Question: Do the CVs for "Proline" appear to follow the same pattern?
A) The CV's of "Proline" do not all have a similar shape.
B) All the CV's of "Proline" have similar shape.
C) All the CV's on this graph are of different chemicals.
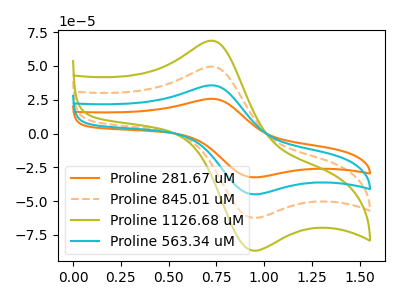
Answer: <think>The orange curve "Proline 281.67 uM" has an anodic peak at (0.70V, 25.70uA) and a cathodic peak at (0.95V, -32.20uA). The orange dashed curve "Proline 845.01 uM" has an anodic peak at (0.70V, 71.35uA) and a cathodic peak at (0.95V, -89.40uA). The olive curve "Proline 1126.68 uM" has an anodic peak at (0.70V, 107.00uA) and a cathodic peak at (0.95V, -134.15uA). The cyan curve "Proline 563.34 uM" has an anodic peak at (0.70V, 35.65uA) and a cathodic peak at (0.95V, -44.70uA).
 All the peaks in "Proline 281.67 uM" have a peak in "Proline 845.01 uM" at the same potential. Every peak in "Proline 281.67 uM" is lower than every peak in "Proline 845.01 uM". All the peaks in "Proline 281.67 uM" have a peak in "Proline 1126.68 uM" at the same potential. Every peak in "Proline 281.67 uM" is lower than every peak in "Proline 1126.68 uM". All the peaks in "Proline 281.67 uM" have a peak in "Proline 563.34 uM" at the same potential. Every peak in "Proline 281.67 uM" is lower than every peak in "Proline 563.34 uM". All the peaks in "Proline 845.01 uM" have a peak in "Proline 1126.68 uM" at the same potential. Every peak in "Proline 845.01 uM" is lower than every peak in "Proline 1126.68 uM". All the peaks in "Proline 845.01 uM" have a peak in "Proline 563.34 uM" at the same potential. Every peak in "Proline 845.01 uM" is higher than every peak in "Proline 563.34 uM". All the peaks in "Proline 1126.68 uM" have a peak in "Proline 563.34 uM" at the same potential. Every peak in "Proline 1126.68 uM" is higher than every peak in "Proline 563.34 uM".</think>
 <answer>B) All the CV's of "Proline" have similar shape.</answer>
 <eval>B</eval>